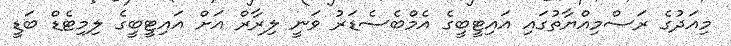
މިއަދުގެ ރަސްމިއްޔާތުގައި އައިޓީބީގެ އެމްބެސެޑަރު ވަނީ ލިރާރް އަށް އައިޓީބީގެ ލިމިޓެޑް ބަޑީ